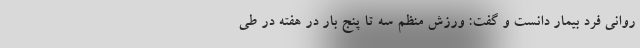
روانی فرد بیمار دانست و گفت: ورزش منظم سه تا پنج بار در هفته در طی